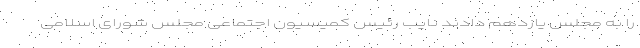
را به مجلس یازدهم دادند نایب رئیس کمیسیون اجتماعی مجلس شورای اسلامی